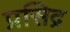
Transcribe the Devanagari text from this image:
प्रसिद्र